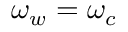
\omega _ { w } = \omega _ { c }